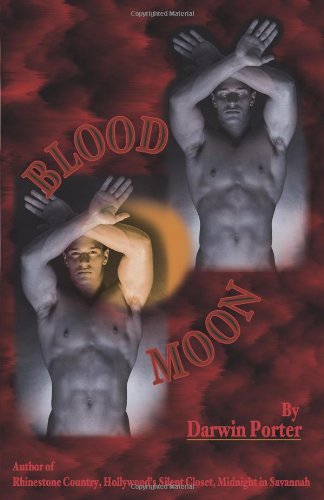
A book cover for Blood Moon-The Erotic Thriller: A Novel about Power, Money, Sex, Brutality, Love, Religion, and Obsession.; Darwin Porter; Romance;